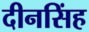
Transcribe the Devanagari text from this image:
दीनसिंह